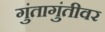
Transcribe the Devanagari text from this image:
गुंतागुंतीवर